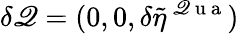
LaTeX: \delta\mathscr{Q}=(0,0,\delta\tilde{{\eta}}^{\mathrm{{~\mathscr{Q}~u~a~}}})